[Report on the health of British troops in the Madras command]
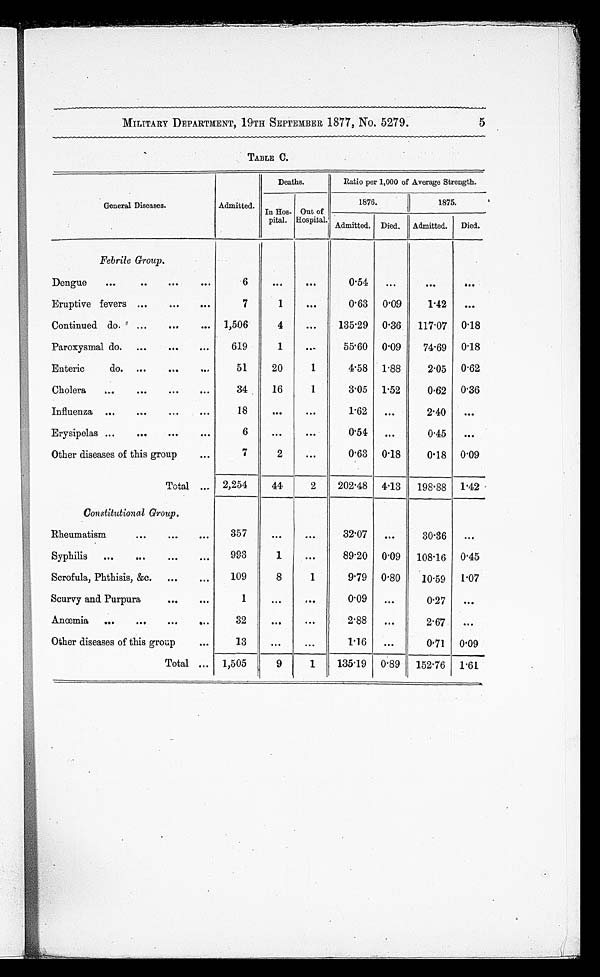
MILITARY DEPARTMENT, 19TH SEPTEMBER 1877, No. 5279.
5
TABLE C.
General Diseases.
Admitted.
Deaths.
Ratio per 1,000 of Average Strength.
In Hos-
pital.
Out of
Hospital.
1876.
1875.
Admitted. Died. Admitted.
Died.
Febrile Group.
Dengue
...
..
6
••
0.
0.54
...
...
...
Eruptive fevers ...
...
...
7
1
...
0 . 6 3
0 . 0 9
1 . 4 2
...
Continued do.
...
...
... 1,506
4
...
135.29 0 . 36
117.07
0 . 1 8
Paroxysmal do.
...
...
...
619
1
...
5 5 . 6 0 0.09
74.69
0.18
E n t e r i c d o .
51
20
1
4 . 5 8 1.88
2.05
0.62
Cholera
... ...
...
...
34
16
1
3.05 1 . 52
0.62
0 . 3 6
Influenza ...
...
...
...
18
... ...
1 . 6 2
...
2.40
...
Erysipelas ...
...
...
...
6
... ...
0.54
...
0.45
...
Other diseases of this group
...
7
2
...
0 . 6 3 0.18
0.18
0 . 0 9
Total
. . .
2,254
44
2
202.48 4 . 13
198 . 88
1 . 4 2
Constitutional Group.
Rheumatism
... ... ...
357
... ...
3 2 . 0 7
...
30.36
...
Syphilis
...
...
...
993
1
...
8 9 . 2 0
0.09
108 . 16 0.45
Scrofula, Phthisis, &c.
...
...
109
8
1
9 . 7 9 0 . 80
10 . 59
1 . 0 7
Scurvy and Purpura
...
...
1
... ...
0.09
...
0.27
...
Anœmia
...
...
...
...
32
...
...
2.88
...
2 . 6 7
...
Other diseases of this group
...
13
... ...
1 . 1 6
...
0 . 7 1
0 . 0 9
Total
...
1,505
9
1
1 3 5 . 1 9
0.89
1 5 2 . 7 6
1 . 6 1